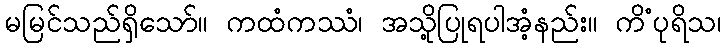
မမြင်သည်ရှိသော်။ ကထံကဿံ၊ အသို့ပြုရပါအံ့နည်း။ ကိံပုရိသ၊